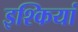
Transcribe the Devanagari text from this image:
इश्कियां